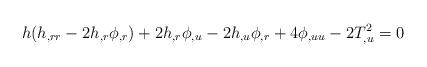
LaTeX: \begin{align*}h(h_{,rr}-2h_{,r}\phi_{,r})+2h_{,r}\phi_{,u}-2h_{,u}\phi_{,r}+ 4 \phi_{,uu}-2 T_{,u}^{2}=0 \end{align*}